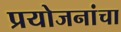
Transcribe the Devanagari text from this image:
प्रयोजनांचा